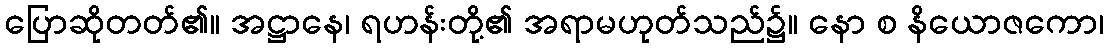
ပြောဆိုတတ်၏။ အဋ္ဌာနေ၊ ရဟန်းတို့၏ အရာမဟုတ်သည်၌။ နော စ နိယောဇကော၊